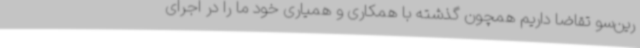
رین‌سو تقاضا داریم همچون گذشته با همکاری و همیاری خود ما را در اجرای